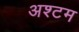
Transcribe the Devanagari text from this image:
अश्टम